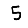
Digit: 5